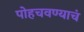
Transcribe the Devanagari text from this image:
पोहचवण्याचं